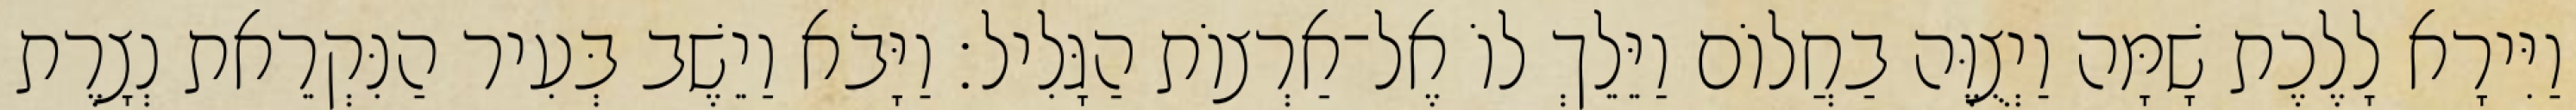
וַיִּירָא לָלֶכֶת שָׁמָּה וַיְצֻוֶּה בַחֲלוֹם וַיֵּלֵךְ לוֹ אֶל־אַרְצוֹת הַגָּלִיל׃ וַיָּבֹא וַיֵשֶׁב בְּעִיר הַנִּקְרֵאת נְצָרֶת